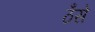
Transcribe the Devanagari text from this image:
ठँसे